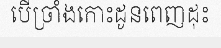
បើច្រាំងកោះដូនពេញដុះ